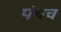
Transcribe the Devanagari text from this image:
पंथच